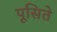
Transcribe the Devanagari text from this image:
पूसिते